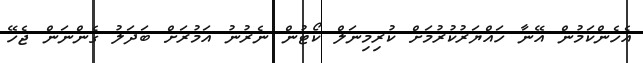
އެހެންކަމުން އޭނާ ހައްޔަރުކުރުމަށް ކުރިމިނަލް ކޯޓުން ނެރުނު އަމުރަށް ބަދަލު ގެންނަން ޖެހޭ